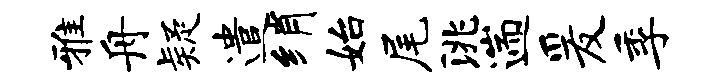
雅舟疑遣绡始尾洮遄爰季